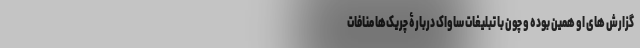
گزارش های او همین بوده و چون با تبلیغات ساواک دربارۀ چریک‌ها منافات